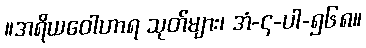
။အရိယဝေါဟာရ သုတ်များ၊ အံ-၄-ပါ-၅၆၈။